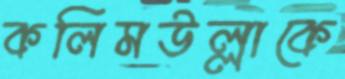
কলিমউল্লাকে